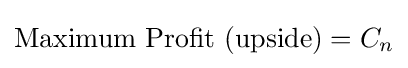
{\text{Maximum Profit (upside)}}=C_{n}